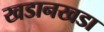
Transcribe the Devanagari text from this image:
खडानखडा